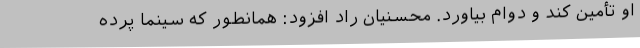
او تأمین کند و دوام بیاورد. محسنیان راد افزود: همانطور که سینما پرده